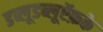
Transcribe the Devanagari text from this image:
डब्लूडब्लूऍफ़के